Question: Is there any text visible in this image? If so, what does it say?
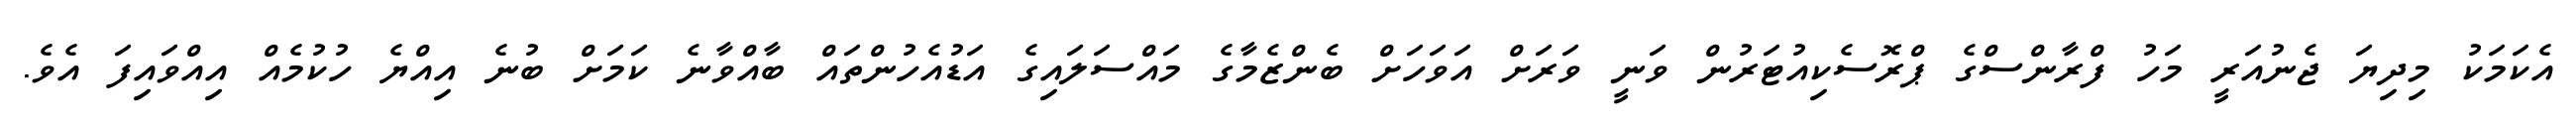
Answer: އެކަމަކު މިދިޔަ ޖެނުއަރީ މަހު ފްރާންސްގެ ޕްރޮސެކިއުޓަރުން ވަނީ ވަރަށް އަވަހަށް ބެންޒެމާގެ މައްސަލައިގެ އަޑުއެހުންތައް ބާއްވާނެ ކަމަށް ބުނެ އިއްޔެ ހުކުމެއް އިއްވައިފަ އެވެ.